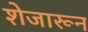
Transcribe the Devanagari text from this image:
शेजारून